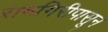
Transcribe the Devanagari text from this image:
रामगिरीपासून